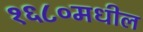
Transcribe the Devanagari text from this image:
१६८०मधील